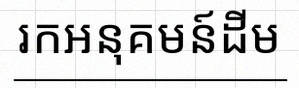
រកអនុគមន៍ដើម